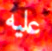
عليه